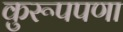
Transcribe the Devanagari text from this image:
कुरूपपणा